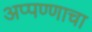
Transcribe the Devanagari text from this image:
अप्पण्णाचा